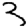
Digit: 3